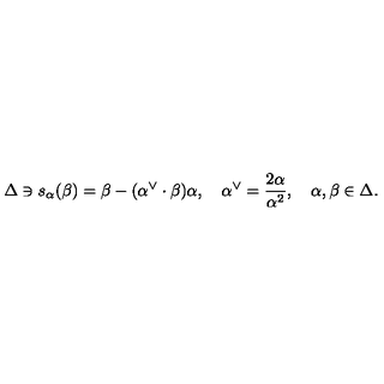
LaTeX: \Delta \ni s _ { \alpha } ( \beta ) = \beta - ( \alpha ^ { \vee } \cdot \beta ) \alpha , \quad \alpha ^ { \vee } = { \frac { 2 \alpha } { \alpha ^ { 2 } } } , \quad \alpha , \beta \in \Delta .